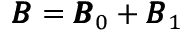
\pmb { { \cal B } } = \pmb { { \cal B } } _ { 0 } + \pmb { { \cal B } } _ { 1 }